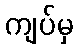
ကျပ်မှ